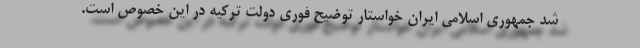
شد جمهوری اسلامی ایران خواستار توضیح فوری دولت ترکیه در این خصوص است.